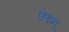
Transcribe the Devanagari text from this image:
फेइन्